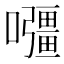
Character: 𭌡